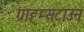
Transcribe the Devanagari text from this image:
ग्राह्म्सटाउन